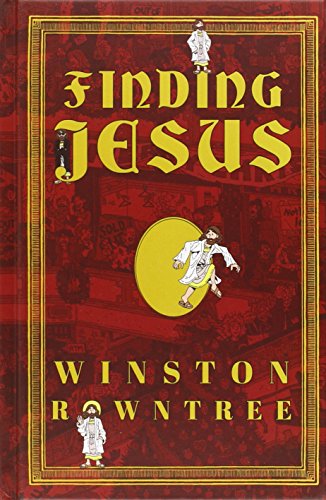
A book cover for Finding Jesus; Winston Rowntree; Humor & Entertainment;